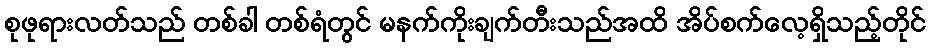
စုဖုရားလတ်သည် တစ်ခါ တစ်ရံတွင် မနက်ကိုးချက်တီးသည်အထိ အိပ်စက်လေ့ရှိသည့်တိုင်